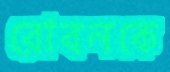
রোবনকে